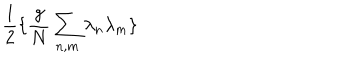
\frac { 1 } { 2 } \{ \frac { g } { N } \sum _ { n , m } \lambda _ { n } \lambda _ { m } \}